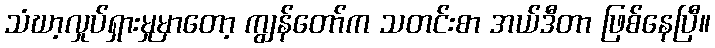
သံဃာ့လှုပ်ရှားမှုမှာတော့ ကျွန်တော်က သတင်းစာ အယ်ဒီတာ ဖြစ်နေပြီ။